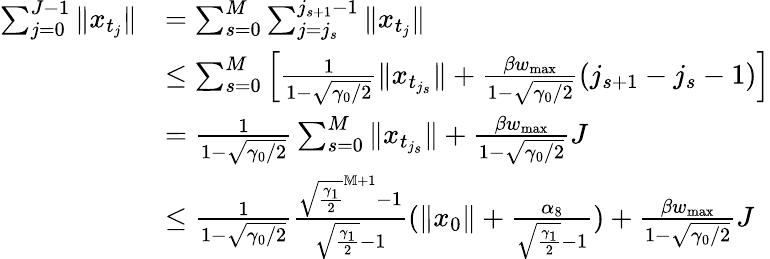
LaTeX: \begin{array}{rl}{\sum_{j=0}^{J-1}\| x_{t_{j}}\| }&{=\sum_{s=0}^{M}\sum_{j={j_{s}}}^{j_{s+1}-1}\| x_{t_{j}}\| }\\ &{\leq\sum_{s=0}^{M}\left[\frac{1}{1-\sqrt{\gamma_{0}/2}}\| x_{t_{j_{s}}}\| +\frac{\beta w_{\operatorname*{max}}}{1-\sqrt{\gamma_{0}/2}}(j_{s+1}-j_{s}-1)\right]}\\ &{=\frac{1}{1-\sqrt{\gamma_{0}/2}}\sum_{s=0}^{M}\| x_{t_{j_{s}}}\| +\frac{\beta w_{\operatorname*{max}}}{1-\sqrt{\gamma_{0}/2}}J}\\ &{\leq\frac{1}{1-\sqrt{\gamma_{0}/2}}\frac{\sqrt{\frac{\gamma_{1}}{2}}^{\mathbb M+1}-1}{\sqrt{\frac{\gamma_{1}}{2}}-1}(\| x_{0}\| +\frac{\alpha_{8}}{\sqrt{\frac{\gamma_{1}}{2}}-1})+\frac{\beta w_{\operatorname*{max}}}{1-\sqrt{\gamma_{0}/2}}J}\end{array}